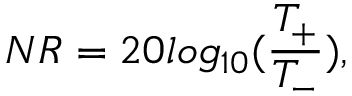
N R = 2 0 l o g _ { 1 0 } ( \frac { T _ { + } } { T _ { - } } ) ,